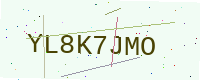
Text: YL8K7JMO